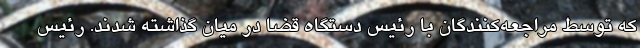
که توسط مراجعه‌کنندگان با رئیس دستگاه قضا در میان گذاشته شدند. رئیس